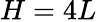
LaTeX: H=4L